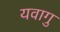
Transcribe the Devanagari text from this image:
यवागु